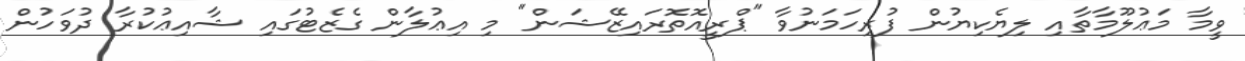
ވީމާ މަޢުލޫމާތާއި ލިޔެކިޔުން ފުރިހަމަނުވާ "ޕްރީއޮތޮރައިޒޭޝަން" މި އިޢުލާން ގެޒެޓުގައި ޝާއިޢުކުރާ ދުވަހުން